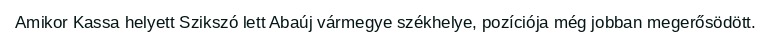
Amikor Kassa helyett Szikszó lett Abaúj vármegye székhelye, pozíciója még jobban megerősödött.